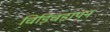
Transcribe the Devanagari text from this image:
चिड़िचड़ापन